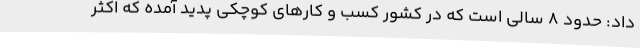
داد: حدود 8 سالی است که در کشور کسب و کارهای کوچکی پدید آمده که اکثر